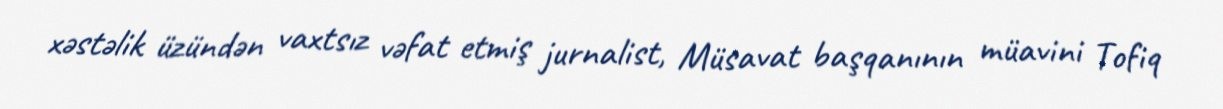
xəstəlik üzündən vaxtsız vəfat etmiş jurnalist, Müsavat başqanının müavini Tofiq